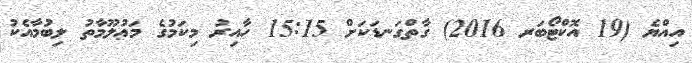
އިއްޔެ (19 އޮކްޓޯބަރ 2016) ގާތްގަނޑަކަށް 15:15 ހާއިރު މިކަމުގެ މަޢުލޫމާތު ލިބުމާއެކު